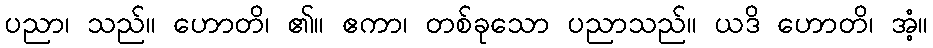
ပညာ၊ သည်။ ဟောတိ၊ ၏။ ဧကာ၊ တစ်ခုသော ပညာသည်။ ယဒိ ဟောတိ၊ အံ့။